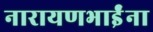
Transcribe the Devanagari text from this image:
नारायणभाईंना